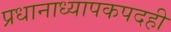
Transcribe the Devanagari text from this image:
प्रधानाध्यापकपदही